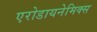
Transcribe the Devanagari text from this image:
एरोडायनेमिक्स